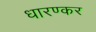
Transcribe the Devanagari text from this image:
धारण्कर